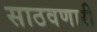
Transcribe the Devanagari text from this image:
साठवणारी